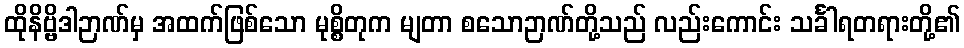
ထိုနိဗ္ဗိဒါဉာဏ်မှ အထက်ဖြစ်သော မုစ္စိတုက မျတာ စသောဉာဏ်တို့သည် လည်းကောင်း သင်္ခါရတရားတို့၏